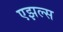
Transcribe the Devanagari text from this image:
एझल्स